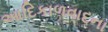
આદિકાળવાદના